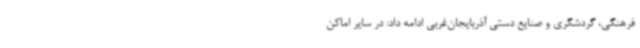
فرهنگی، گردشگری و صنایع دستی آذربایجان‌غربی ادامه داد: در سایر اماکن